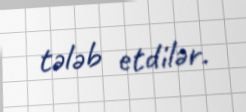
tələb etdilər.